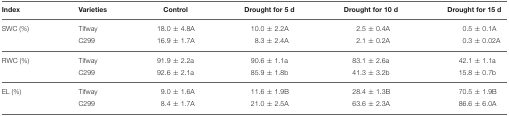
<table><thead><tr><td><b>Index</b></td><td><b>Varieties</b></td><td><b>Control</b></td><td><b>Drought for 5 d</b></td><td><b>Drought for 10 d</b></td><td><b>Drought for 15 d</b></td></tr></thead><tbody><tr><td>SWC (%)</td><td>Tifway</td><td>18.0 ± 4.8A</td><td>10.0 ± 2.2A</td><td>2.5 ± 0.4A</td><td>0.5 ± 0.1A</td></tr><tr><td></td><td>C299</td><td>16.9 ± 1.7A</td><td>8.3 ± 2.4A</td><td>2.1 ± 0.2A</td><td>0.3 ± 0.02A</td></tr><tr><td>RWC (%)</td><td>Tifway</td><td>91.9 ± 2.2a</td><td>90.6 ± 1.1a</td><td>83.1 ± 2.6a</td><td>42.1 ± 1.1a</td></tr><tr><td></td><td>C299</td><td>92.6 ± 2.1a</td><td>85.9 ± 1.8b</td><td>41.3 ± 3.2b</td><td>15.8 ± 0.7b</td></tr><tr><td>EL (%)</td><td>Tifway</td><td>9.0 ± 1.6A</td><td>11.6 ± 1.9B</td><td>28.4 ± 1.3B</td><td>70.5 ± 1.9B</td></tr><tr><td></td><td>C299</td><td>8.4 ± 1.7A</td><td>21.0 ± 2.5A</td><td>63.6 ± 2.3A</td><td>86.6 ± 6.0A</td></tr></tbody></table>